Annual statistical returns and brief notes on vaccination in Bengal - 1909-1929
Year: 1909
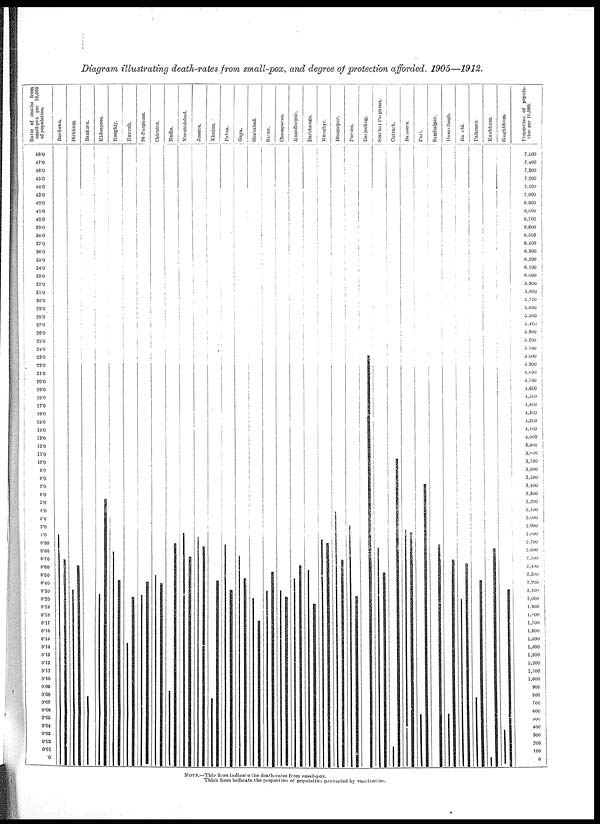
Diagram illustrating death-rates from small-pox, and degree of protection afforded, 1905—1912.
NOTE.—Thin lines indicate the death-rates from small-pox.
Thick lines indicate the proportion of population protected by vaccination.